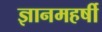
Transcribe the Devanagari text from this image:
ज्ञानमहर्षी